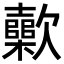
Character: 𣤷